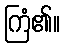
ကြံ၏။